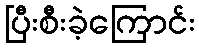
ပြီးစီးခဲ့ကြောင်း